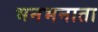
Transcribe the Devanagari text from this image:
भनभनाता